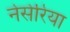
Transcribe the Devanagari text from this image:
नेसेरिया